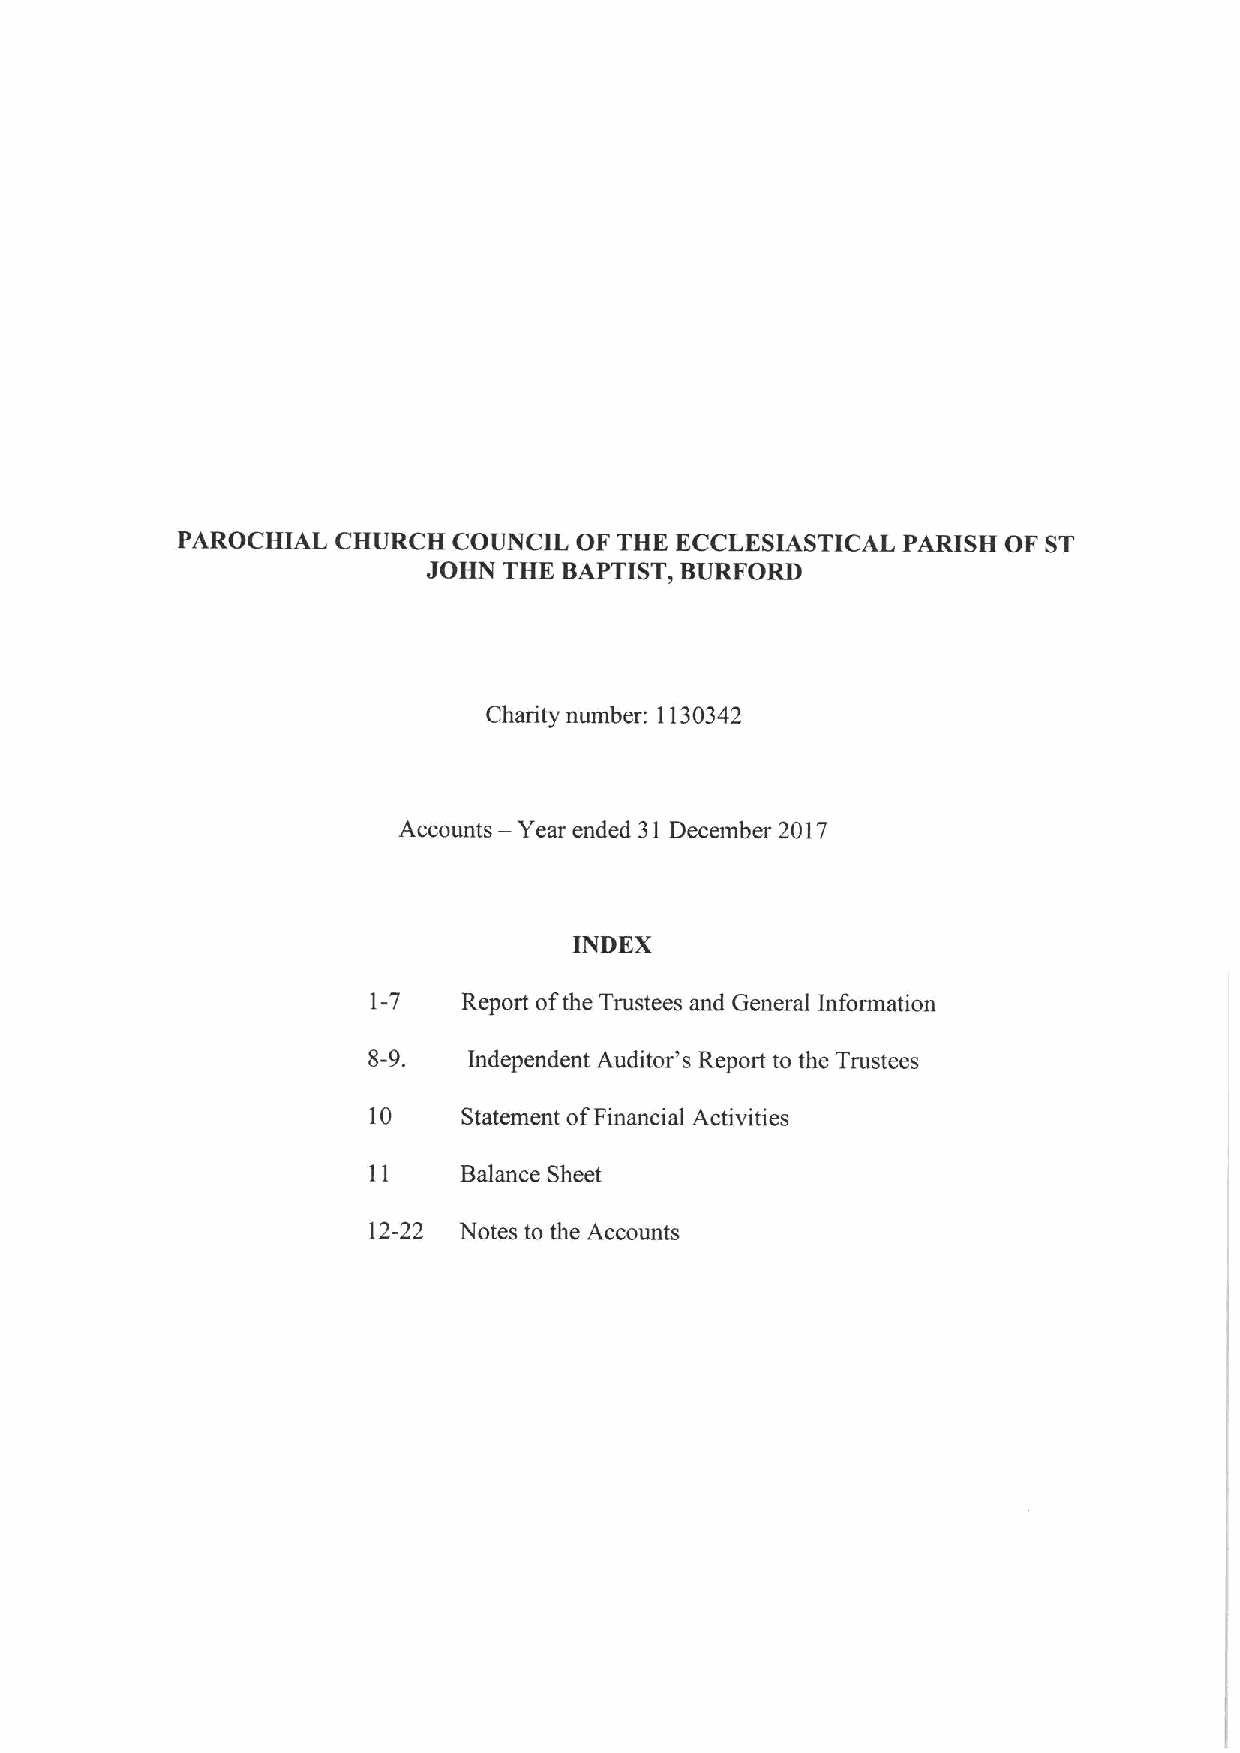
PAROCHIAL CHURCH  COUNCIL OF THE ECCLESIASTICAL PARISH OF ST
 JOHN THE BAPTIST, BURFORD
 Charity number: 1130342
 —
 Accounts Year ended 31 December 2017
 INDEX
 1-7    Report ofthe Trustees and General Information
 8-9.   Independent Auditor's Report to the Trustees
 10     Statement ofFinancial Activities
 11    Balance Sheet
 12-22 Notes to the Accounts